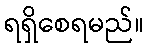
ရရှိစေရမည်။